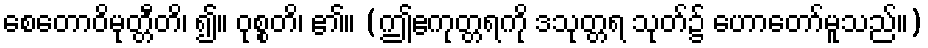
စေတောဝိမုတ္တီတိ၊ ၍။ ဝုစ္စတိ၊ ၏။ (ဤဧကုတ္တရကို ဒသုတ္တရ သုတ်၌ ဟောတော်မူသည်။)